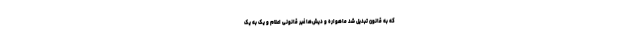
که به قانون تبدیل شد ماهواره و دیش‌ها غیر قانونی اعلام و یک به یک